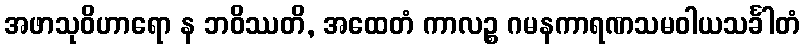
အဖာသုဝိဟာရော န ဘဝိဿတိ, အထေတံ ကာလဉ္စ ဂမနကာရဏသမဝါယသင်္ခါတံ